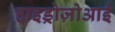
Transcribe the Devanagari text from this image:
हाइड्रोज़ोआई